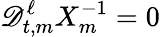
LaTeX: \mathscr{D}_{t,m}^{\ell}X_{m}^{-1}=0